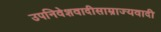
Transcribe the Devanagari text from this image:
उपनिवेशवादीसाम्राज्यवादी